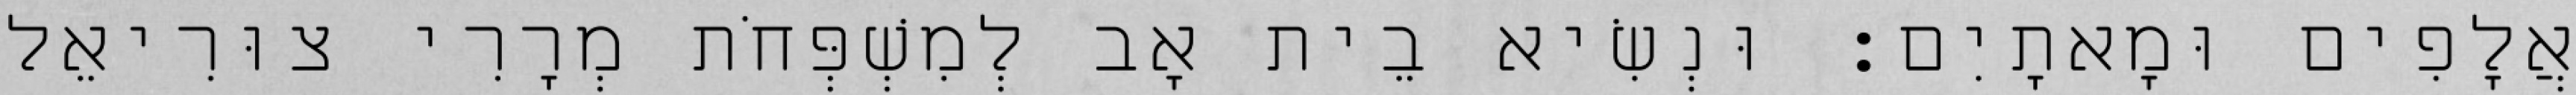
אֲלָפִים וּמָאתָיִם׃ וּנְשִׂיא בֵית אָב לְמִשְׁפְּחֹת מְרָרִי צוּרִיאֵל